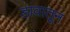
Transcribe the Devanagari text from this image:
डावातून